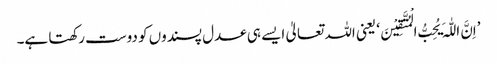
’اِنَّ اللّٰہَ یُحِبُّ الْمُتَّقِیْنَ‘ یعنی اللہ تعالیٰ ایسے ہی عدل پسندوں کو دوست رکھتا ہے۔